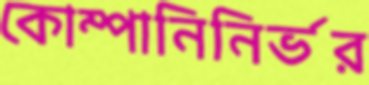
কোম্পানিনির্ভর